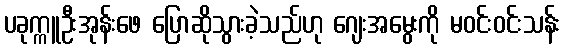
ပခုက္ကူဦးအုန်းဖေ ပြောဆိုသွားခဲ့သည်ဟု ဂျေးအမွေးကို မဝင်းဝင်းသန်း